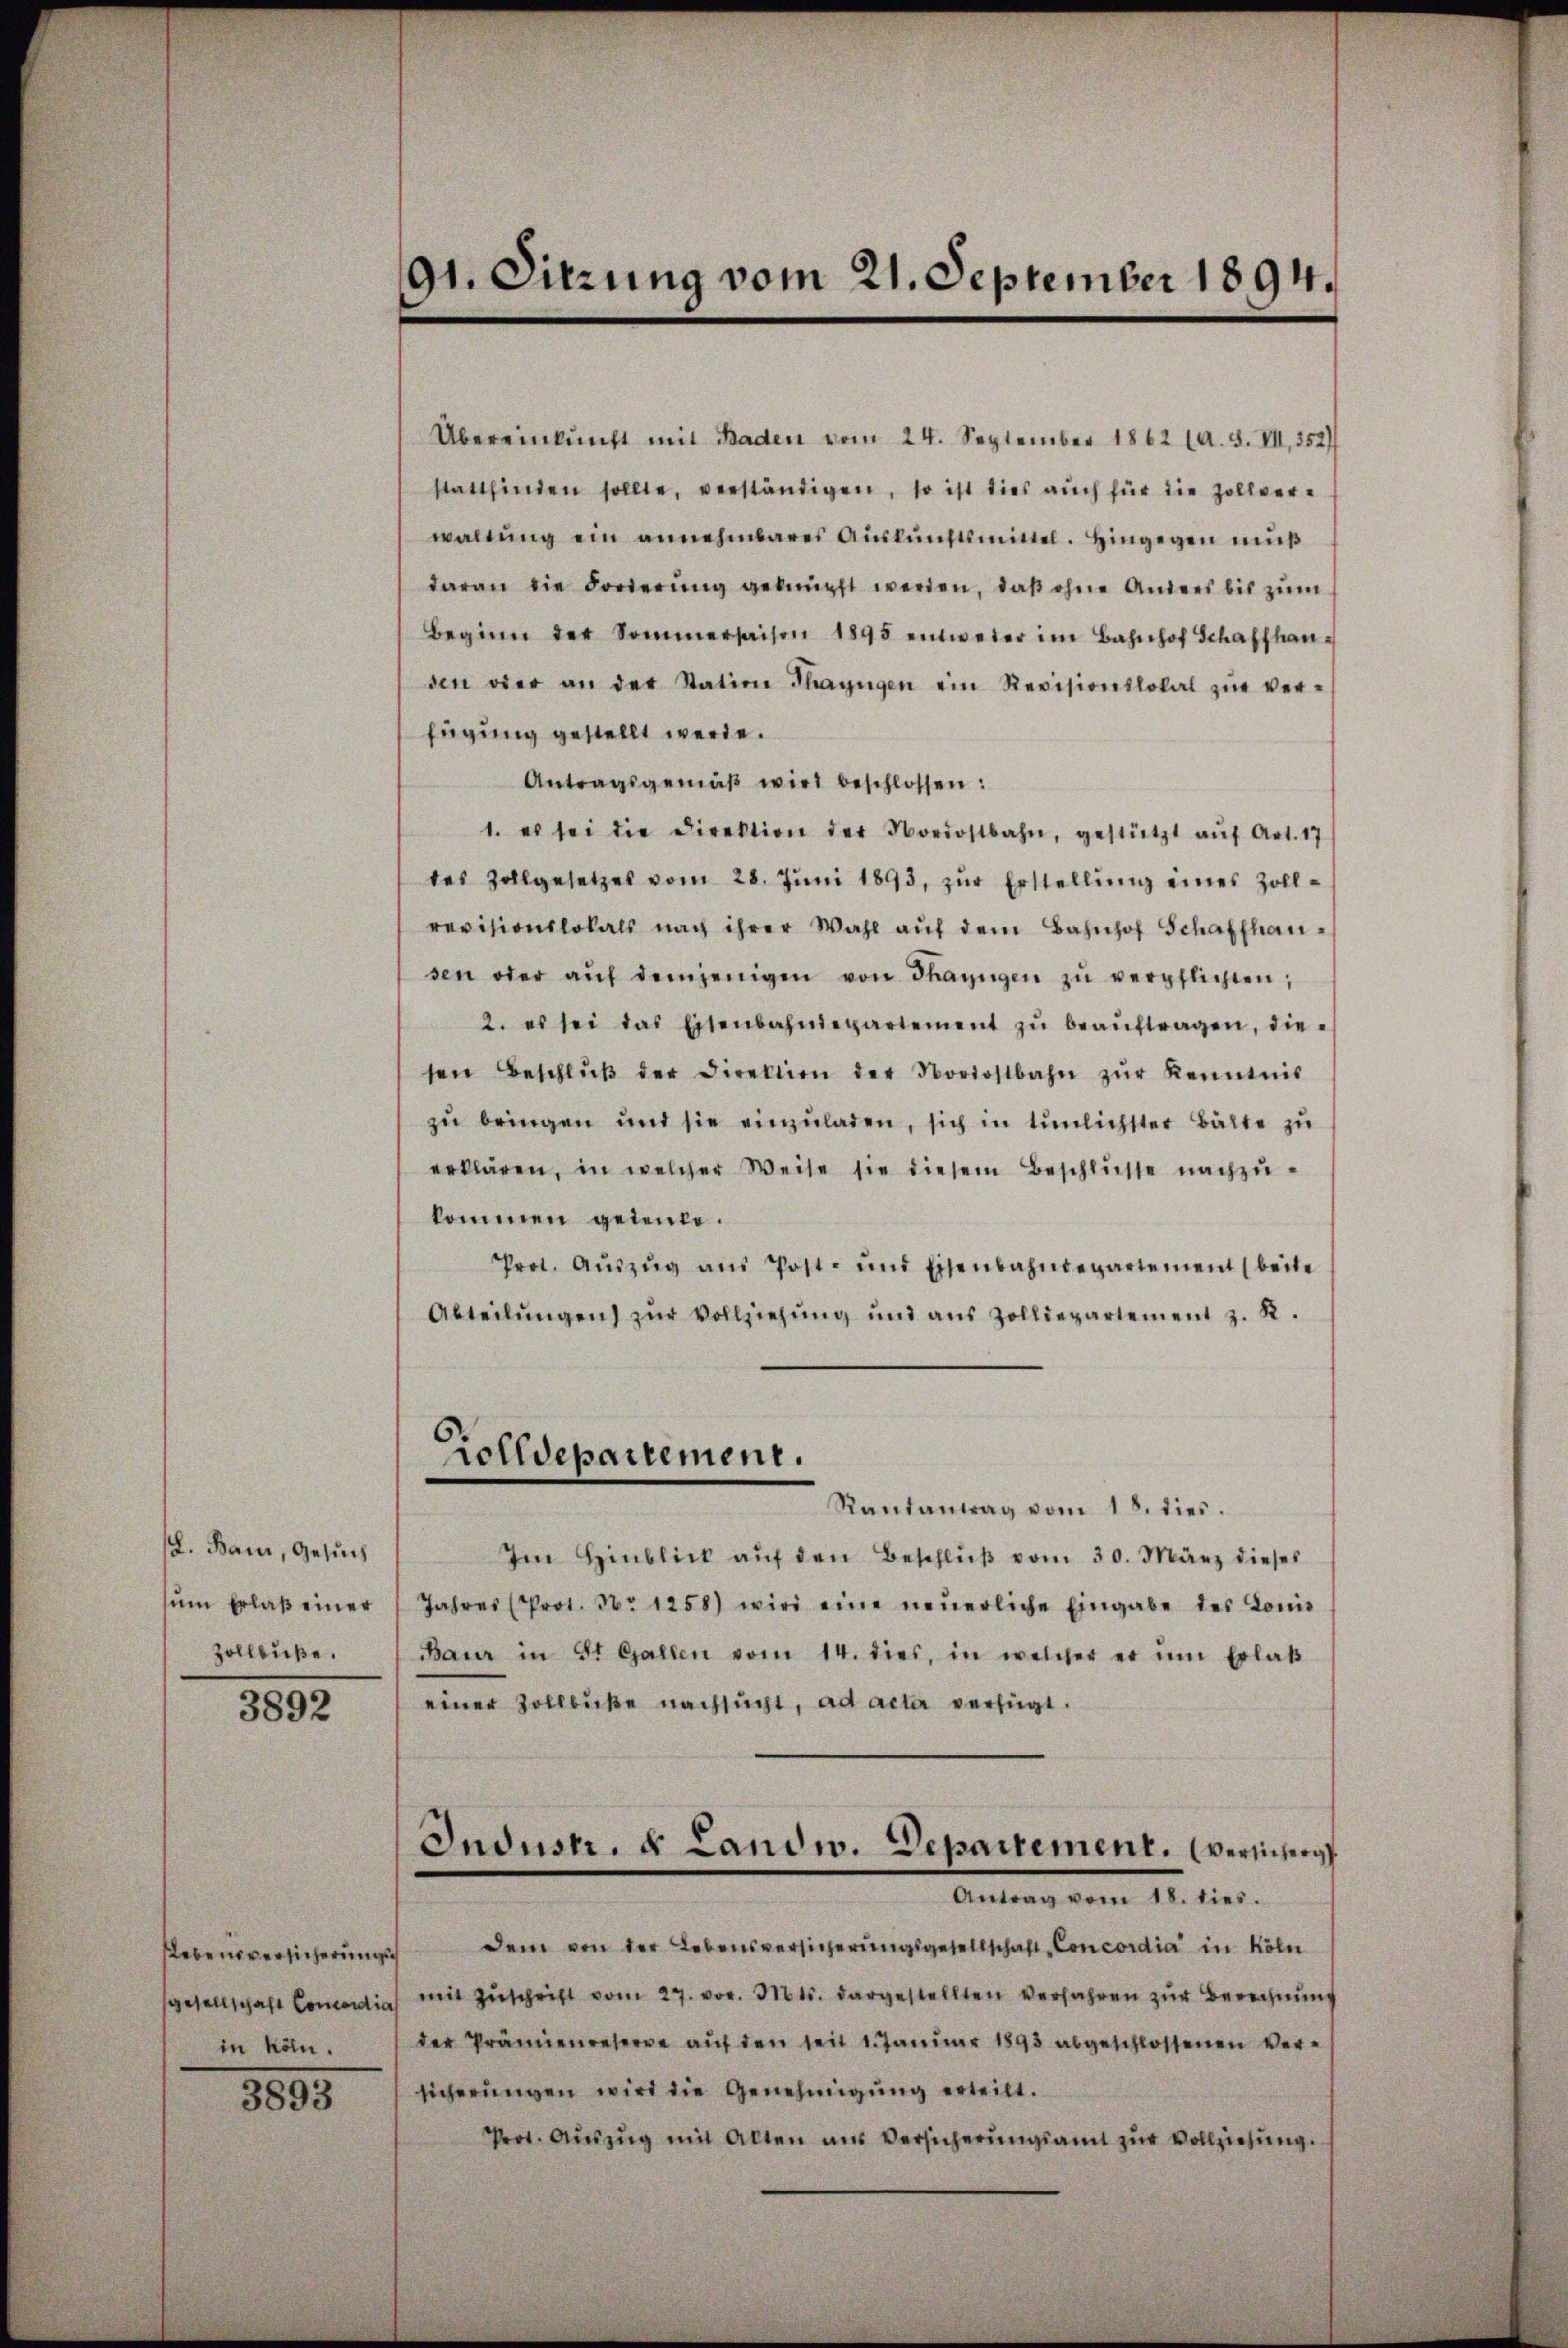
18. Bam, Gesuch
sum Erlaß einer
Zollbuße.

3892

Nebensversicherung
in könn.

3893

91. Sitzung vom 21. September 1894.

Übereinkunft mit Baden vom 24. September 1862 (A. S. VII., 352)
stattfinden sollte, verständigen, so ist dies auch für die Zollver-
waltŭng ein annehmbares Aŭskŭnftsmittel. Hingegen muß
daran die Forierŭng geknüpft werden, daβ ohne Anders bis zŭm
Beginn der Sommersaison 1895 entweder im Bahnhof Schaffhausen oder an der Station Thayngen ein Revisionslokal zŭr ver-
fügung gestellt werde.
Antragsgemäβ wird beschlossen:
1. es sei die Direktion der Nordostbahn, gestützt aŭf Art. 17
tes Zollgesetzes vom 28. Jŭni 1893, zŭr Erstellŭng eines Zollrevisionslokals nach ihrer Wahl aŭf dem Bahnhof Schaffhausen oder aŭf demjenigen von Thayngen zŭ verpflichten,
2. es sei das Eisenbahndepartement zŭ beaŭftragen, diesen Beschlŭβ der Direktion der Nordostbahn zŭr Kenntnis
zŭ bringen und sie einzŭladen, sich in tünlichster Balte zu
erklären, in welcher Weise sie diesem Beschlüsse nachzukommen gedeute.
Prot. Aŭszŭg aŭs Post- und Eisenbahndepartement (beite
Abteilŭngen zŭr Vollziehŭng und aus Zolldepartement z. B.
Zolldepartement.
Rautantrag vom 18. dies.
Im Hinblick aŭf den Beschlŭβ vom 30. März dieses
Jahres (Prot. No 1258) wird eine neŭerliche Eingabe des Lonis
Baur in St. Gallen vom 14. dies, in welcher er ŭm Erlaβ
einer Zollbuße nachsucht, ad acta verfügt.
Industr. 8 Landw. Departement. (versicherg
Antrag vom 18. dies.
dem von der Lebensversicherungsgesellschaft Concordia in Köln
sgesellschaft Concordia mit Zŭschrift vom 27. vor. Mts. dargestellten verfahren zur Berechnung
der Prämienreserve auf den seit 1. Januar 1893 abgeschlossenen Versicherŭngen wird die Genehmigŭng erteilt.
Prot. Aŭszŭg mit Alten aus Versicherŭngsamt zŭr Vollziehŭng.